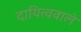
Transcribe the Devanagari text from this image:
दायित्ववाले